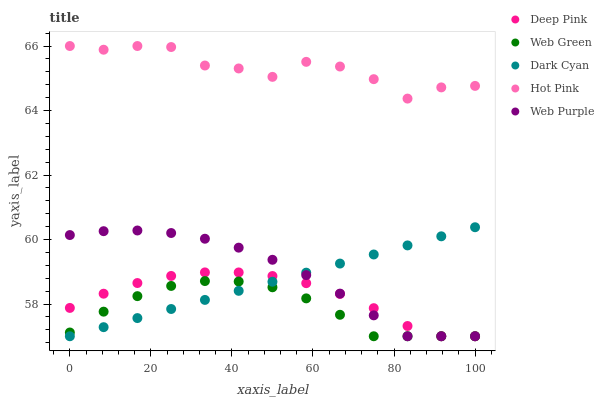
| xaxis_label | Deep Pink | Web Green | Dark Cyan | Hot Pink | Web Purple |
 | --- | --- | --- | --- | --- | --- |
 | 0 | 57.9 | 57.1 | 57 | 66 | 60.1 |
 | 8.33 | 58.3 | 57.8 | 57.3 | 65.9 | 60.3 |
 | 16.7 | 58.7 | 58.2 | 57.6 | 66 | 60.3 |
 | 25 | 58.9 | 58.6 | 57.8 | 66 | 60.2 |
 | 33.3 | 59 | 58.7 | 58.1 | 65.4 | 60 |
 | 41.7 | 59 | 58.7 | 58.4 | 65.3 | 59.7 |
 | 50 | 58.9 | 58.5 | 58.7 | 65 | 59.4 |
 | 58.3 | 58.6 | 58.2 | 59 | 65.5 | 58.9 |
 | 66.7 | 58.3 | 57.7 | 59.3 | 65.4 | 58.3 |
 | 75 | 57.9 | 57 | 59.5 | 65 | 57.6 |
 | 83.3 | 57.3 | 57 | 59.8 | 64.4 | 57 |
 | 91.7 | 57 | 57 | 60.1 | 64.7 | 57 |
 | 100 | 57 | 57 | 60.4 | 64.8 | 57 |